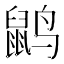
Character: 𲎇